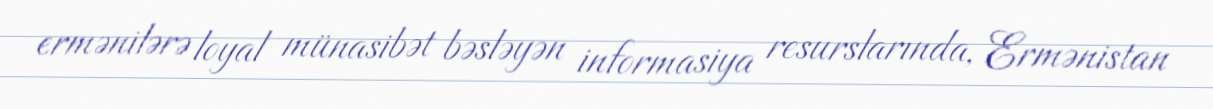
ermənilərə loyal münasibət bəsləyən informasiya resurslarında, Ermənistan